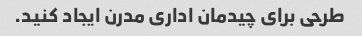
طرحی برای چیدمان اداری مدرن ایجاد کنید.